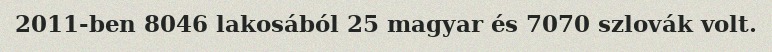
2011-ben 8046 lakosából 25 magyar és 7070 szlovák volt.